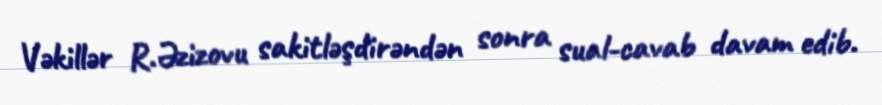
Vəkillər R.Əzizovu sakitləşdirəndən sonra sual-cavab davam edib.